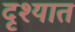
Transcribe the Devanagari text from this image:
दृश्यात